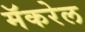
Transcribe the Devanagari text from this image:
मॅकरेल